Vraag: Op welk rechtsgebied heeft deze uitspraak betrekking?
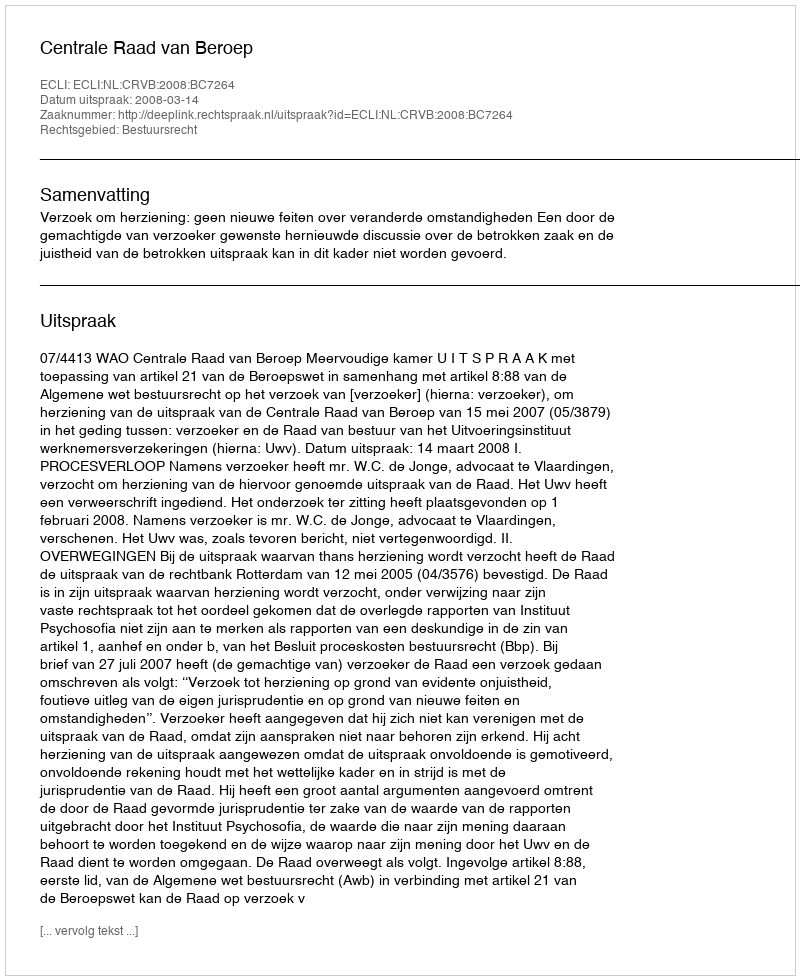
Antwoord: Bestuursrecht